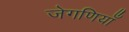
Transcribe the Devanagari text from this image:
जेगणियाँ